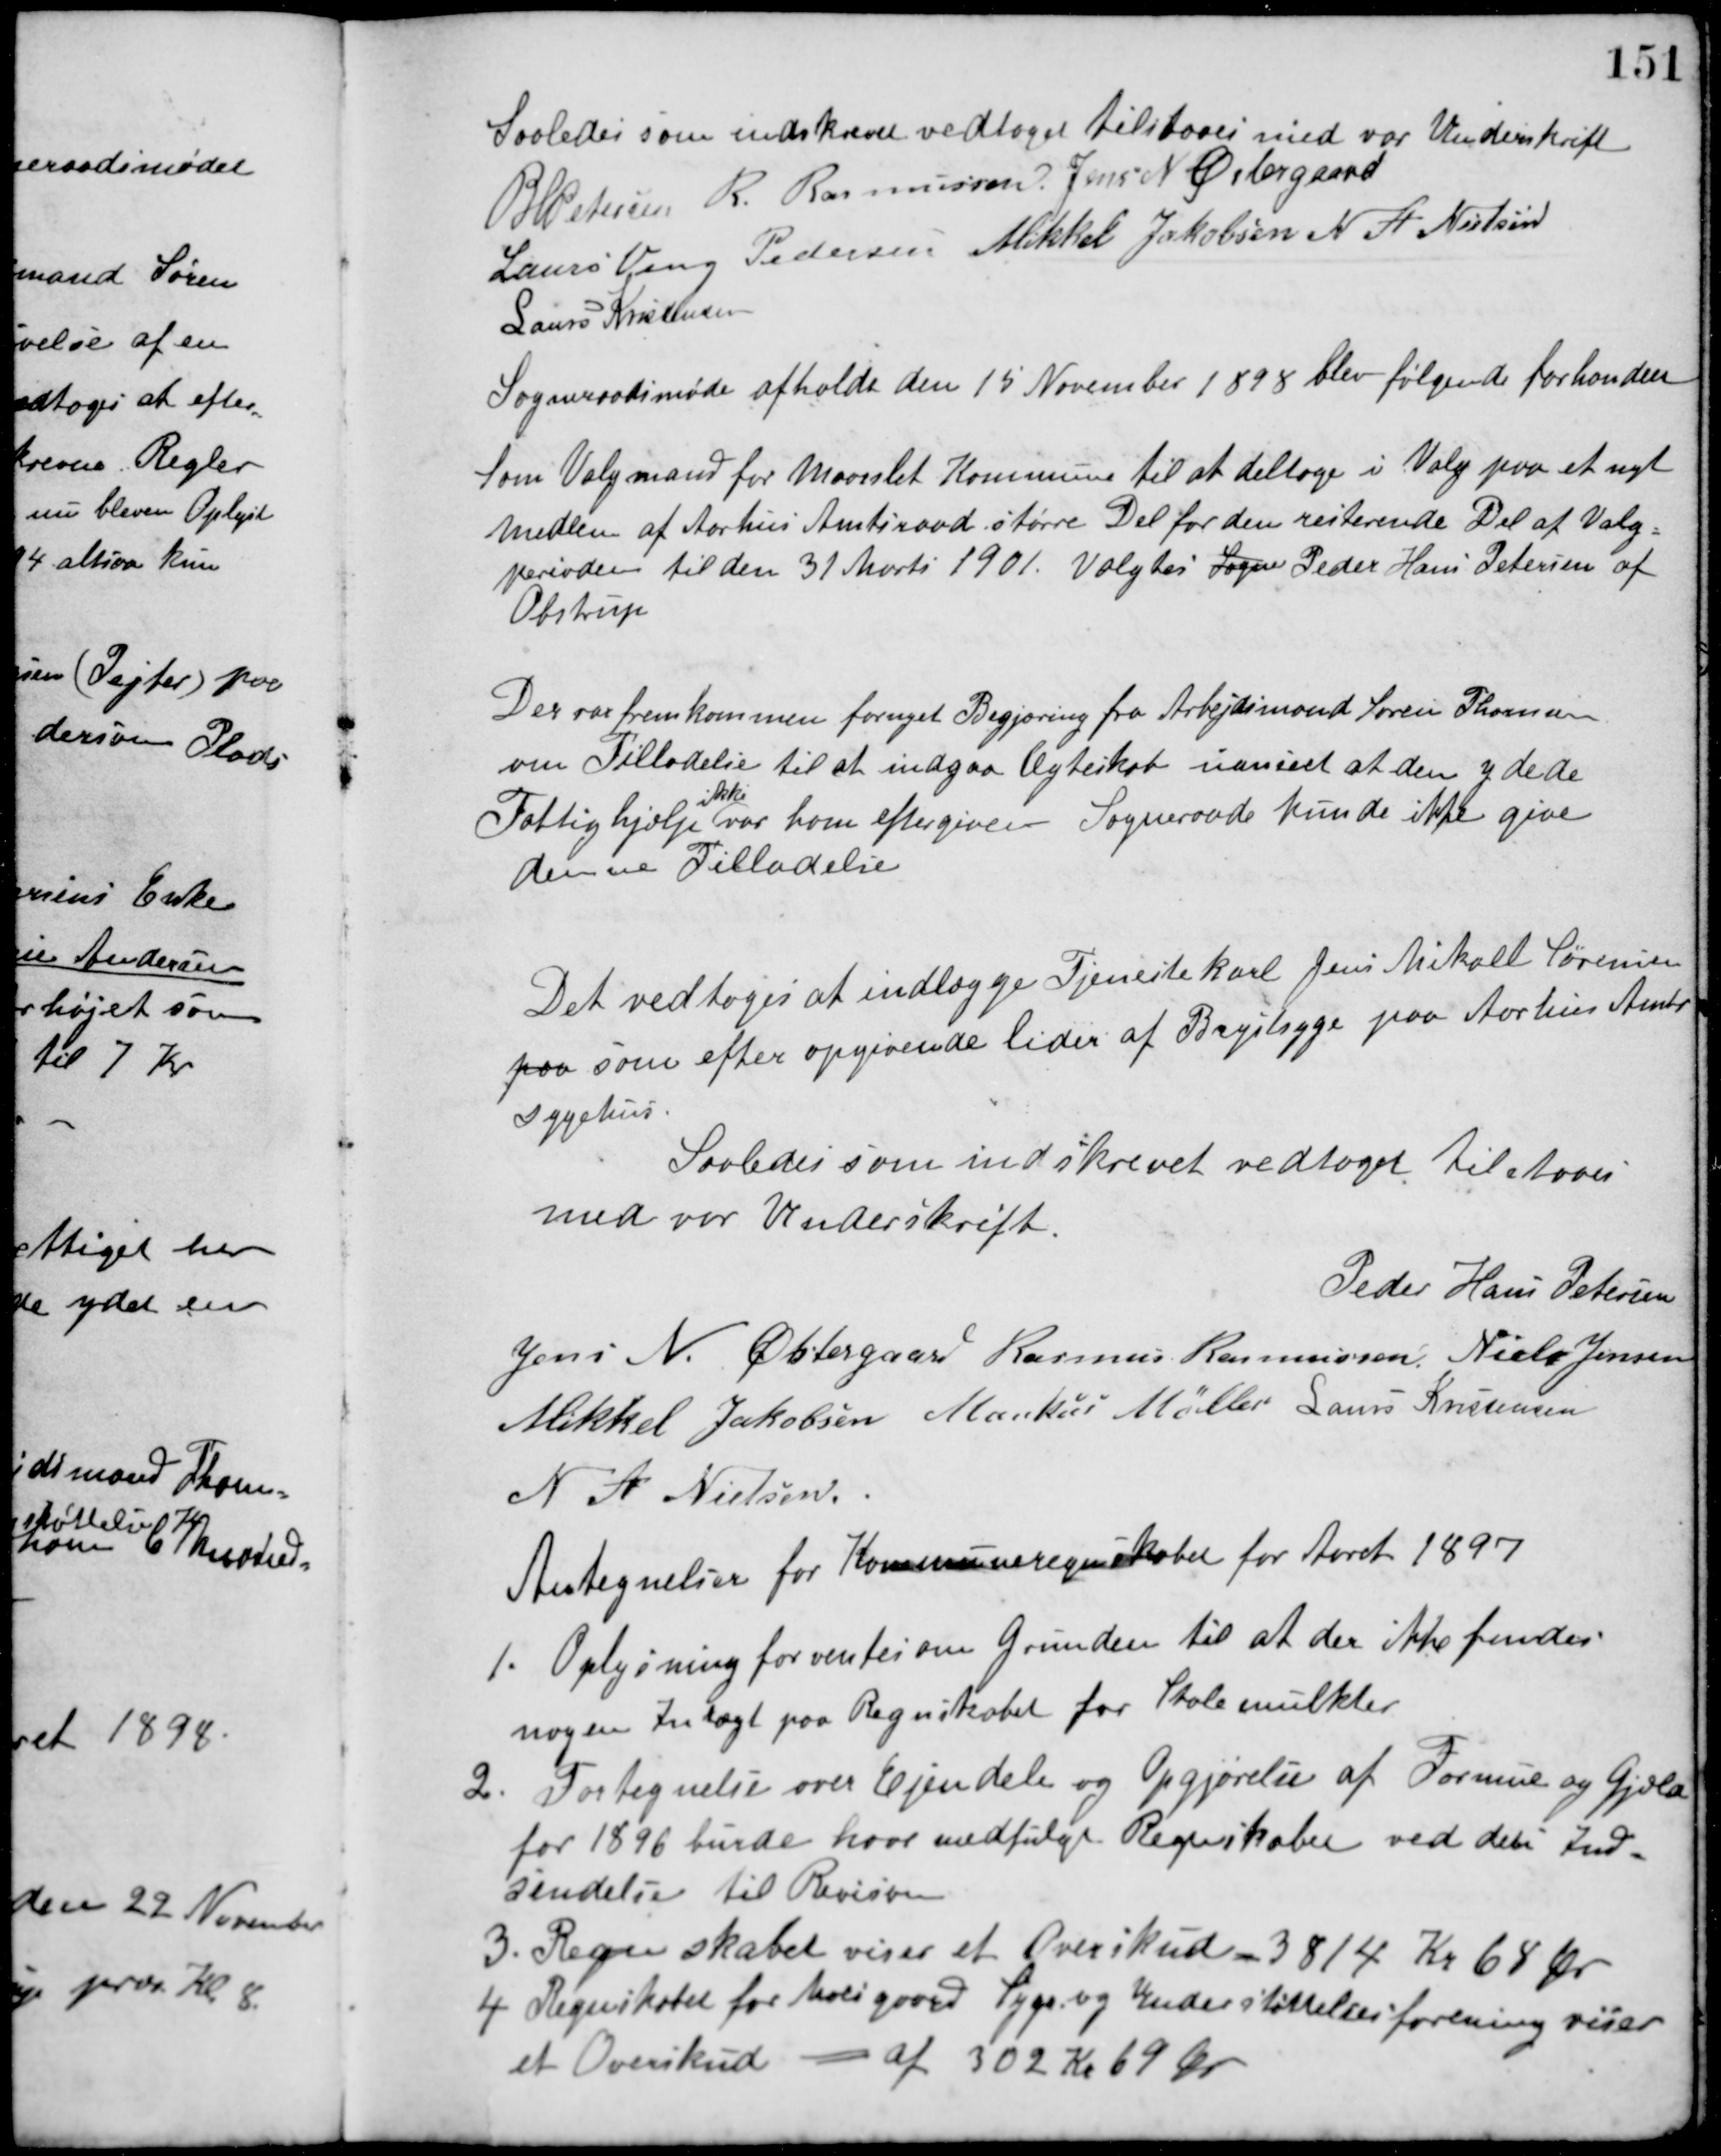
Transskription:
Saaledes som indskrevet vedtaget tilstaaes med vor Underskrift
P. H. Petersen R. Rasmussen Jens N. Østergaard
Laurs Veng Pedersen Mikkel Jakobsen N. A. Nielsen
Laurs Kristensen
Sogneraadsmøde afholdt den 15 November 1898 blev følgende forhandlet
Som Valgmand for Maarslet Kommune til at deltage i Valg paa et nyt
Medlem af Aarhus Amtsraad større Del for den resterende Del af Valg-
perioden til den 31 Marts 1901. Valgtes Sogne Peder Hans Petersen af
Obstrup
Der var fremkommen fornyet Begjæring fra Arbejdsmand Søren Thomsen
om Tilladelse til at indgaa Ægteskab uanseet at den ydede
Fattighjælp
ikke
var ham eftergiven Sogneraadet kunde ikke give
denne Tilladelse
Det vedtoges at indlægge Tjenestekarl Jens Mikael Sørensen
paa som efter opgivende lider af Brystsyge paa Aarhus Amts
Sygehus.
Saaledes som indskrevet vedtaget tilstaaes
med vor Underskrift.
Peder Hans Petersen
Jens N. Østergaard Rasmus Rasmussen Niels Jensen
Mikkel Jakobsen Markus Møller Laurs Kristensen
N. A. Nielsen
Antegnelser for Kommuneregnskabet for Aaret 1897
1. Oplysning forventes om Grunden til at der ikke findes
nogen Intægt paa Regnskabet for Skolemulkter.
2. Fortegnelse over Ejendele og Opgjørelse af Formue og Gjæld
for 1896 burde have medfulgt Regnskabet ved dets Ind-
sendelse til Revisor.
3. Regnskabet viser et Overskud - 3814 Kr. 68 Øre.
4 Regnskabet for Moesgaard syge og Understøttelsesforening viser
et Overskud - af 302 Kr. 69 Øre.